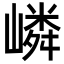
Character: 嶙